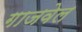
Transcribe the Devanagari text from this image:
गाजवेल